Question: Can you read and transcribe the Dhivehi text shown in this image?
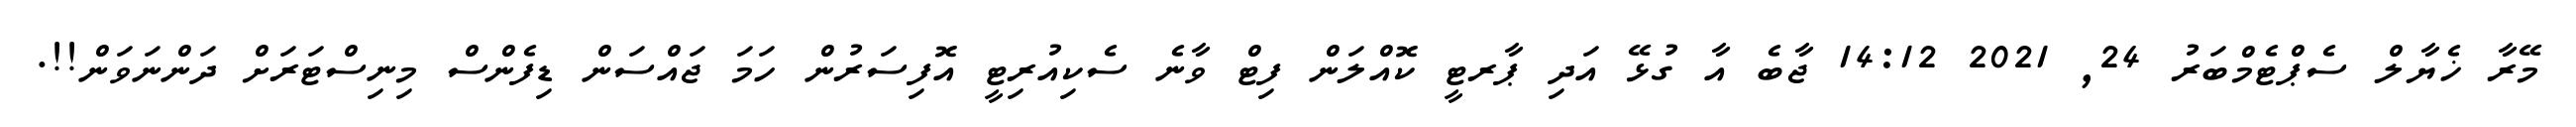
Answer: މޭރާ ޚެޔާލް ސެޕްޓެމްބަރު 24, 2021 14:12 ޖާބެ އާ ގުޅޭ އަދި ޕާރޓީ ކޮއްލަން ފިޓް ވާނެ ސެކިއުރިޓީ އޮފިސަރުން ހަމަ ޖައްސަން ޑިފެންސް މިނިސްޓަރަށް ދަންނަވަން!!.